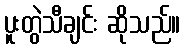
ပူးတွဲသီချင်း ဆိုသည်။